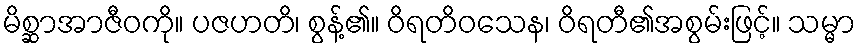
မိစ္ဆာအာဇီဝကို။ ပဇဟတိ၊ စွန့်၏။ ဝိရတိဝသေန၊ ဝိရတီ၏အစွမ်းဖြင့်။ သမ္မာ